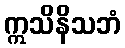
ဣသိနိသဘံ